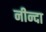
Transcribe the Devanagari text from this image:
नीन्दा